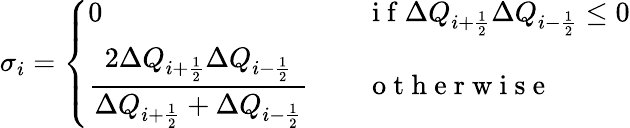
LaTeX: \sigma_{i}=\left\{ \begin{array}{ll}{\displaystyle{0}\quad\quad\quad}&{\mathrm{~i~f~}\Delta Q_{i+\frac{1}{2}}\Delta Q_{i-\frac{1}{2}}\leq 0}\\ {\displaystyle{\frac{2\Delta Q_{i+\frac{1}{2}}\Delta Q_{i-\frac{1}{2}}}{\Delta Q_{i+\frac{1}{2}}+\Delta Q_{i-\frac{1}{2}}}}\quad}&{\mathrm{~o~t~h~e~r~w~i~s~e~}}\end{array}\right.